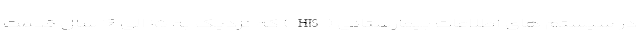
در سیستم های اطلاعات بیمارستانی (HIS) که نزدیک به ۱۵ الی ۱۶ سال قدمت